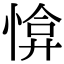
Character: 𢜰